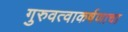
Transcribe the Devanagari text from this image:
गुरुवत्वाकर्षणाचा